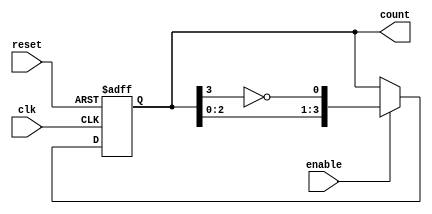
module johnson_counter #(
    parameter N = 4 // Number of flip-flops
)(
    input wire clk,        // Clock input
    input wire enable,     // Enable signal
    input wire reset,      // Reset signal
    output reg [N-1:0] count // Counter output
);

// Internal signal for next state
wire feedback;

assign feedback = ~count[N-1]; // Feedback from the last flip-flop

always @(posedge clk or posedge reset) begin
    if (reset) begin
        count <= 0; // Reset the counter to 0
    end else if (enable) begin
        // Johnson counter logic: shift in the feedback value
        count <= {count[N-2:0], feedback};
    end
    // If enable is low, hold the current state
end

endmodule